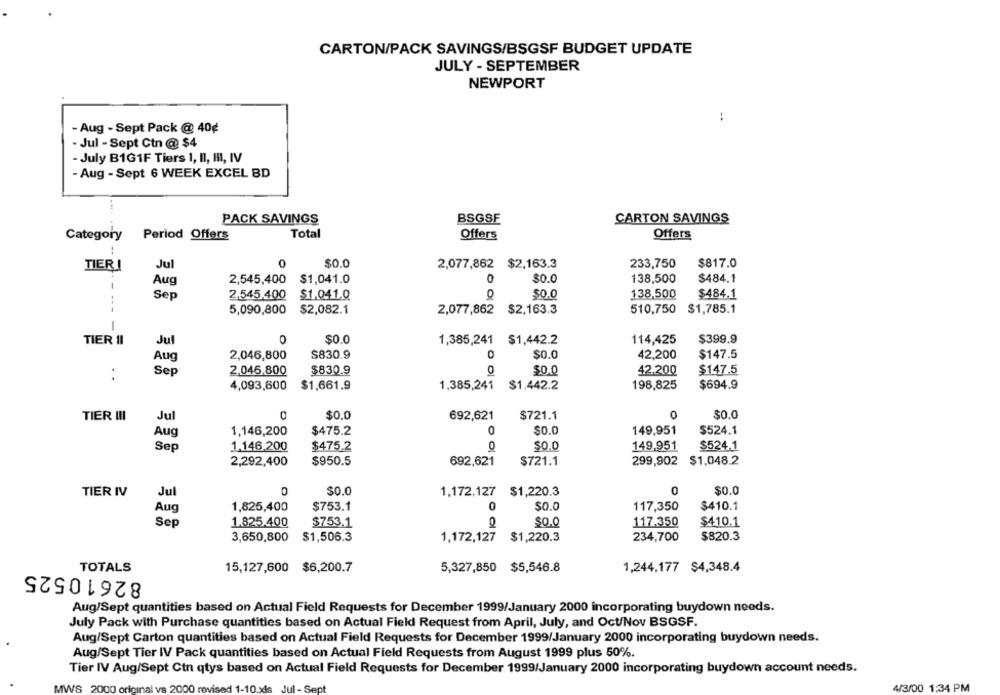
CARTON/PACK SAVINGS/BSGSF BUDGET UPDATE
JULY - SEPTEMBER
NEWPORT
:
- Aug - Sept Pack @ 40¢
- Jul - Sept Ctn @ $4
- July B1G1F Tiers 1, II, III, IV
- Aug - Sept 6 WEEK EXCEL BD
PACK SAVINGS
BSGSE
CARTON SAVINGS
Period Offers
Total
Offers
Offers
Category
0
$0.0
233,750
$817.0
TIER !
Jul
2,077,862 $2,163.3
0
138,500
$484.1
Aug
2,545,400
$1,041.0
$0.0
Sep
2,545,400
$1.041.0
0
$0.0
138,500
$484.1
- ---
5,090,800
$2,082.1
2,077,862
$2,163.3
510,750
$1,785.1
-
TIER II
Jul
$0.0
1,385,241 $1,442.2
114,425
$399.9
2,046,800
$830.9
$0.0
42,200
$147.5
Aug
Sep
2,046,800
$830.9
0
$0.0
42.200
$147.5
4,093,600
$1,661.9
1,385,241
$1,442.2
198,825
$694.9
TIER III
$0,0
692,621
$721.1
0
$0.0
Jul
1,146,200
O
$0.0
149,951
$524.1
Aug
$475.2
Sep
1.146.200
$475.2
0
$0.0
149,951
$524.1
2,292,400
$950.5
692,621
$721.1
299,902 $1,048.2
TIER IV
Jul
$0.0
1,172,127 $1,220.3
0
$0.0
Aug
1,825,400
$753.1
0
$0.0
117,350
$410.1
Sep
1.825.400
$753.1
$0.0
117.350
$410.1
3,650,800
$1,506.3
1,172,127
$1,220.3
234,700
$820.3
TOTALS
82610525
15,127,600 $6,200.7
5,327,850 $5,546.8
1,244,177 $4,348.4
Aug/Sept quantities based on Actual Field Requests for December 1999/January 2000 incorporating buydown needs.
July Pack with Purchase quantities based on Actual Field Request from April, July, and Oct/Nov BSGSF.
Aug/Sept Carton quantities based on Actual Field Requests for December 1999/January 2000 incorporating buydown needs.
Aug/Sept Tier IV Pack quantities based on Actual Field Requests from August 1999 plus 50%.
Tier IV Aug/Sept Ctn qtys based on Actual Field Requests for December 1999/January 2000 incorporating buydown account needs.
4/3/00 1:34 PM
MWS 2000 origin
1-Sept